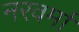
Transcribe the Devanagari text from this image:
नरवर्मा